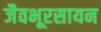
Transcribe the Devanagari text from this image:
जैवभूरसायन